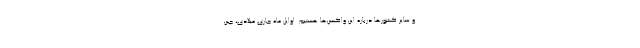
و سایر کشورها درباره این واکسن‌ها هستیم. اوایل ماه جاری میلادی، چین